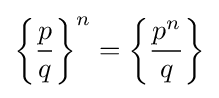
\left\{{\frac {p}{q}}\right\}^{n}=\left\{{\frac {p^{n}}{q}}\right\}